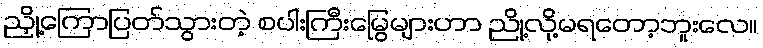
ညှို့ကြောပြတ်သွားတဲ့ စပါးကြီးမြွေများဟာ ညို့လို့မရတော့ဘူးလေ။